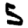
Digit: 5